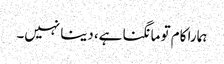
ہمارا کام تو مانگنا ہے، دینا نہیں۔